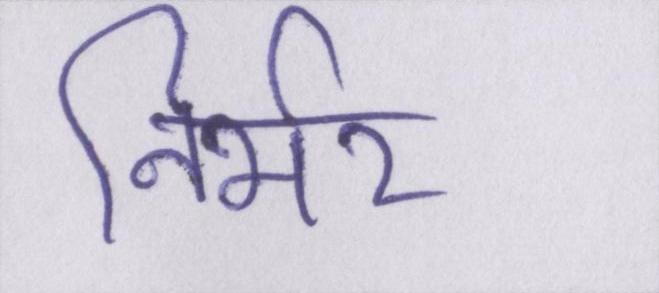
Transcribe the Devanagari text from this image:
निर्भर